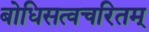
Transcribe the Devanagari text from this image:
बोधिसत्वचरितम्